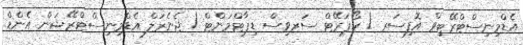
އެޑްމިނިސްޓްރޭޓިވް އޮފިސަރ / ކޯޕަރޭޓް ސަރވިސް ޑިޕާޓްމަންޓް / ޖެނެރަލް އެޑްމިނިސްޓްރޭޝަން އެންޑް